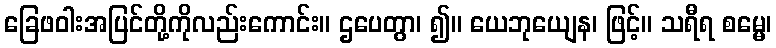
ခြေဖဝါးအပြင်တို့ကိုလည်းကောင်း။ ဌပေတွာ၊ ၍။ ယေဘုယျေန၊ ဖြင့်။ သရီရ စမ္မေ၊